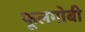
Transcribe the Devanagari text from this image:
फूलगोबी